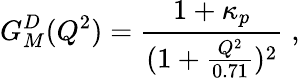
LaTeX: G_{M}^{D}(Q^{2})=\frac{1+\kappa_{p}}{(1+\frac{Q^{2}}{0.71})^{2}}\; ,